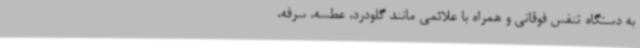
به دستگاه تنفس فوقانی و همراه با علائمی مانند گلودرد، عطسه، سرفه،